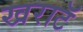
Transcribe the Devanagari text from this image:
खराटॅ